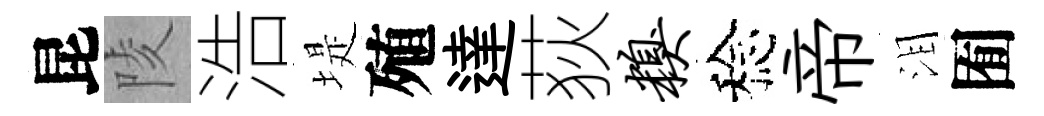
昆陵浩堤殖達荻糗稔帝泪囿